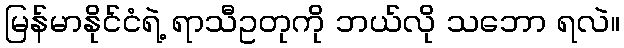
မြန်မာနိုင်ငံရဲ့ ရာသီဥတုကို ဘယ်လို သဘော ရလဲ။